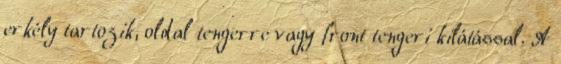
erkély tartozik, oldal tengerre vagy front tengeri kilátással. A